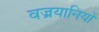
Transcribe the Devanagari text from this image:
वज्रयानियों